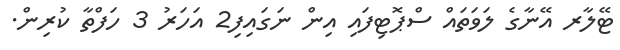
ޓޭލާރ އޭނާގެ ލަވަތައް ސްޕޮޓިފައި އިން ނަގައިފި2 އަހަރު 3 ހަފްތާ ކުރިން.